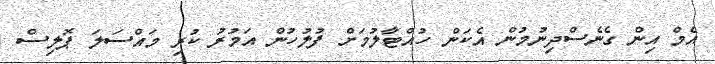
އެމް އިން ގެނެސްދިނުމުން އެކަން ހުއްޓާލުމަށް ފުލުހުން އަމުރު ކުރި މައްސަލަ ޕޮލިސް